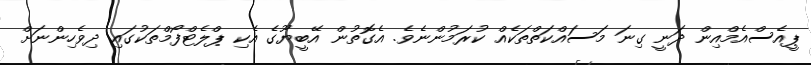
ޕީއެސްއެމްއިން ދަނީ ގިނަ މަސައްކަތްތަކެއް ކުރަމުންނެވެ. އެގޮތުން އޭބީޔޫގެ އެކި ޕްލެޓްފޯމްތަކުގައި ދިވެހިންނަށް